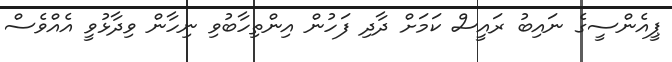
ޕީއެންސީގެ ނައިބު ރައީސް ކަމަށް ދާދި ފަހުން އިންތިހާބުވި ނިހާން ވިދާޅުވީ އެއްވެސް